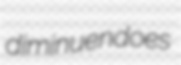
diminuendoes